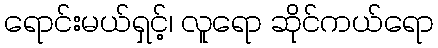
ရောင်းမယ်ရှင့်၊ လူရော ဆိုင်ကယ်ရော